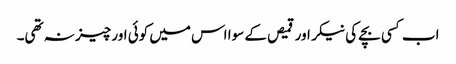
اب کسی بچے کی نیکر اور قمیص کے سوا اس میں کوئی اور چیز نہ تھی۔